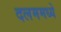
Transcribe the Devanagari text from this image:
दलममध्ये